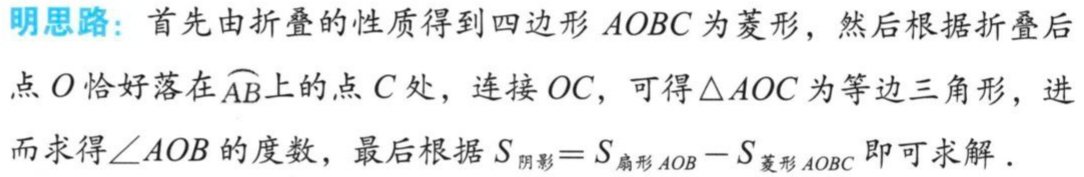
明思路：首先由折叠的性质得到四边形\(AOBC\)为菱形，然后根据折叠后点\(O\)恰好落在\(\overset{\frown}{AB}\)上的点\(C\)处，连接\(OC\)，可得\(\triangle AOC\)为等边三角形，进而求得\(\angle AOB\)的度数，最后根据\(S_{阴影}=S_{扇形AOB}-S_{菱形AOBC}\)即可求解．